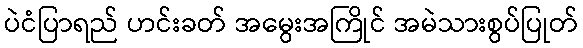
ပဲငံပြာရည် ဟင်းခတ် အမွေးအကြိုင် အမဲသားစွပ်ပြုတ်